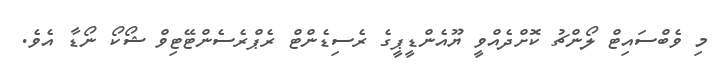
މި ވެބްސައިޓް ލޯންޗު ކޮށްދެއްވީ ޔޫއެންޑީޕީގެ ރެސިޑެންޓް ރެޕްރެސެންޓޭޓިވް ޝޯކޯ ނޯޑާ އެވެ.